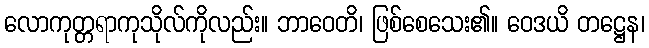
လောကုတ္တရာကုသိုလ်ကိုလည်း။ ဘာဝေတိ၊ ဖြစ်စေသေး၏။ ဝေဒယိ တဋ္ဌေန၊